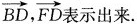
\overrightarrow{BD}, \overrightarrow{FD}表示出来.